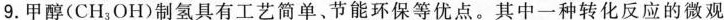
9.甲醇(CH_{3}OH)制氢具有工艺简单、节能环保等优点。其中一种转化反应的微观示意图如图。下列有关该反应的说法正确的是 ()O+催化剂 O250-300℃ O乙 丙甲B.属于复分解反应A.生成3种分子C.丙为CO D.催化剂不断减少